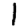
Digit: 1